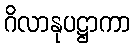
ဂိလာနုပဋ္ဌာကာ